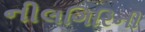
નીલગિરિની